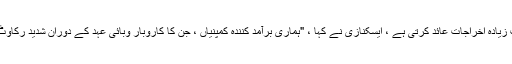
اس حقیقت کا ذکر کرتے ہوئے کہ گرانٹ سرجیکل مصنوعات کی برآمد پر بہت زیادہ اخراجات عائد کرتی ہے ، ایسکنازی نے کہا ، "ہماری برآمد کنندہ کمپنیاں ، جن کا کاروبار وبائی عہد کے دوران شدید رکاوٹ کا شکار تھا ، وہ جراحی کے ماسک اور مجموعی برآمدات میں بے چین تھے۔